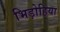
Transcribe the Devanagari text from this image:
भिड़ोहिया